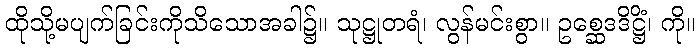
ထိုသို့မပျက်ခြင်းကိုသိသောအခါ၌။ သုဋ္ဌုတရံ၊ လွန်မင်းစွာ။ ဥစ္ဆေဒဒိဋ္ဌိံ၊ ကို။